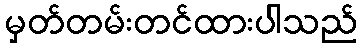
မှတ်တမ်းတင်ထားပါသည်